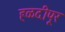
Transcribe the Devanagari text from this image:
हळदीपूर